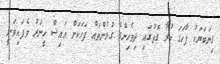
ގިނަބަޔަކު ފާހަގަ ކުރާ ގޮތުގައި ދިވެހިންގެ ގުޅުންތައް ފަހަކަށް އައިސް ހީނަރު ވެފައިވަނީ